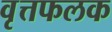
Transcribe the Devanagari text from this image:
वृत्तफलक